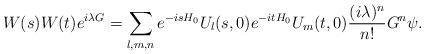
LaTeX: \begin{align*}W(s)W(t)e^{i\lambda G}=\sum_{l,m,n}e^{-isH_0}U_l(s,0)e^{-itH_0}U_m(t,0)\frac{(i\lambda)^n}{n!}G^n\psi.\end{align*}